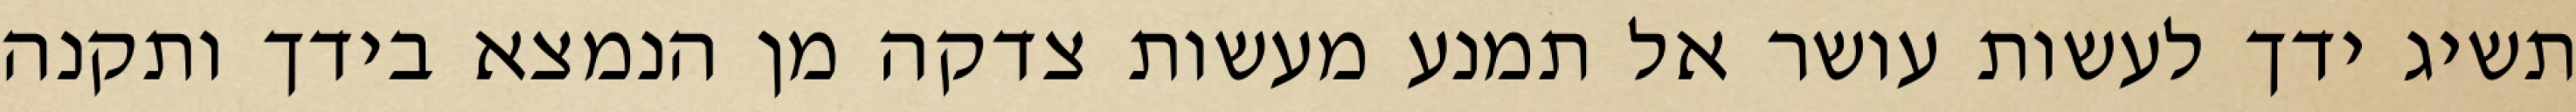
תשיג ידך לעשות עושר אל תמנע מעשות צדקה מן הנמצא בידך ותקנה